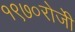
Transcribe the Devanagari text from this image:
१९७०रोजीे